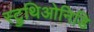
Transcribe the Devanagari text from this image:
स्ट्रुथिओनिडि